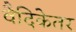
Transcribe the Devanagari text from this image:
वैदिकेतर